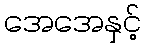
အေအေနှင့်